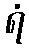
ရံ